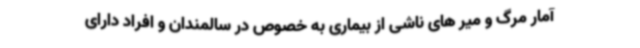
آمار مرگ و میر های ناشی از بیماری به خصوص در سالمندان و افراد دارای